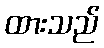
ထားသည်